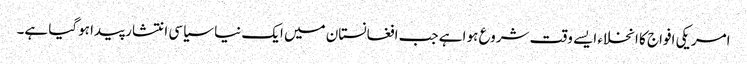
امریکی افواج کا انخلاء ایسے وقت شروع ہو اہے جب افغانستان میں ایک نیا سیاسی انتشار پیدا ہوگیا ہے۔